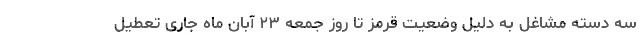
سه دسته مشاغل به دلیل وضعیت قرمز تا روز جمعه ۲۳ آبان ماه جاری تعطیل